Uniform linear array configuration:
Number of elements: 16
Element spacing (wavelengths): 0.25
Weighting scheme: uniform
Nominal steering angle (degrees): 15
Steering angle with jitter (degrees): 13.541
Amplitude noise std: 0.05
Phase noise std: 0.05

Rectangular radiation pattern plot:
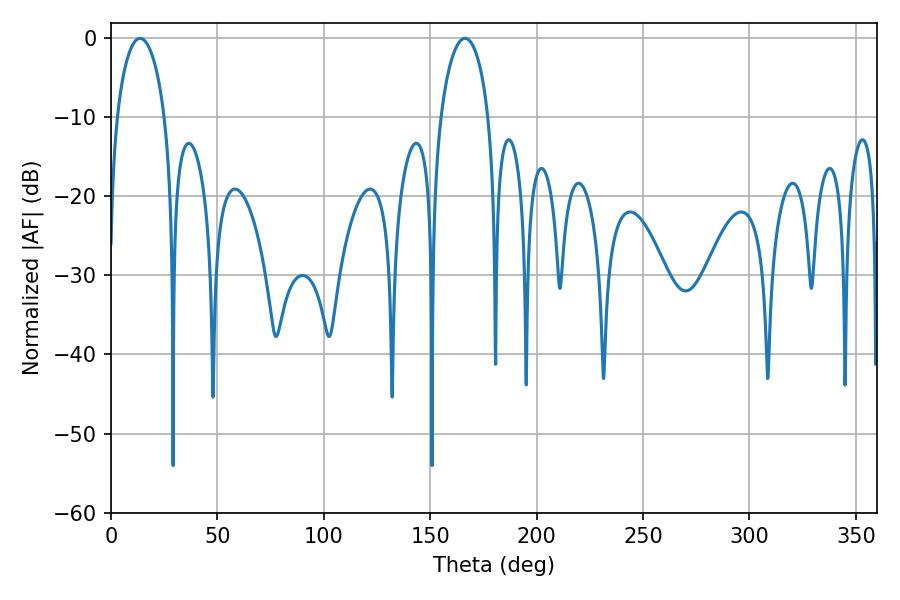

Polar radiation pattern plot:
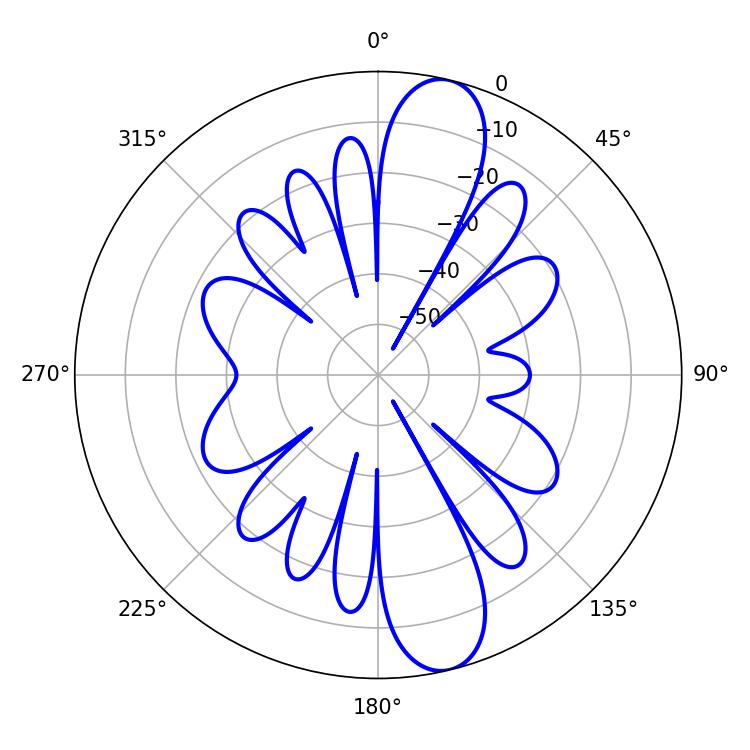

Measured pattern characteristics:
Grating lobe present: FALSE
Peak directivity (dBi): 12.426
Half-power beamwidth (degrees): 12.78
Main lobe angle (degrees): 13.68